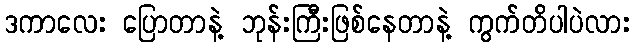
ဒကာလေး ပြောတာနဲ့ ဘုန်းကြီးဖြစ်နေတာနဲ့ ကွက်တိပါပဲလား